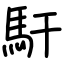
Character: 馯